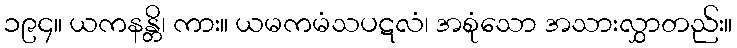
၁၉၄။ ယကနန္တိ၊ ကား။ ယမကမံသပဋလံ၊ အစုံသော အသားလွှာတည်း။